Report on vaccination in Madras 1877-1894 - 1877-1894
Year: 1877
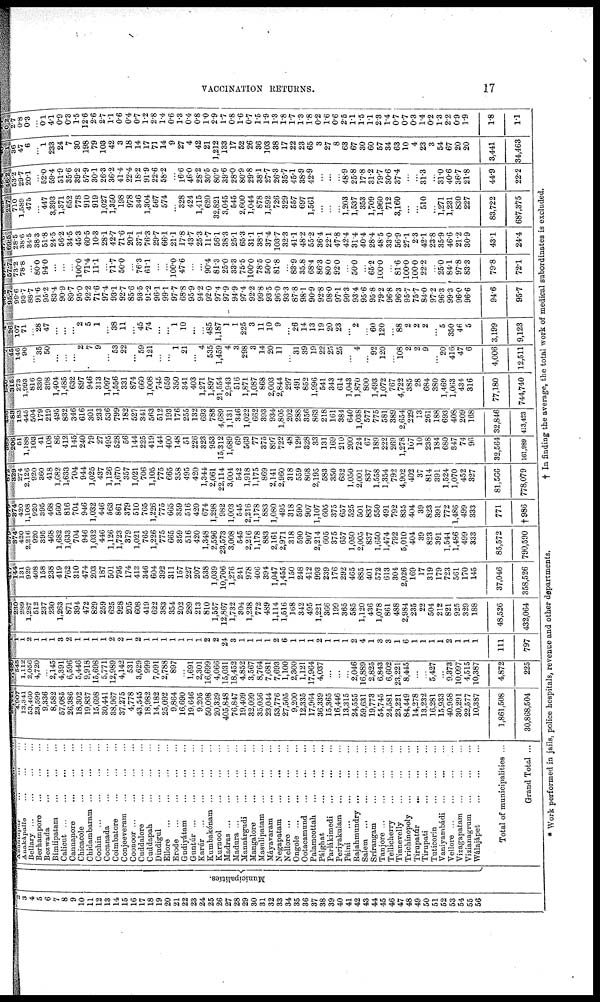
VACCINATION RETURNS.
17
2
3
4
5
6
7
8
9
10
11
12
13
14
15
16
17
18
19
20
21
22
23
24
25
26
27
28
29
30
31
32
33
34
35
36
37
38
39
40
41
42
43
44
45
46
47
48
49
50
51
52
53
54
55
56
Municipalities.
Anantapur
...
...
...
Anakápalle ... ... ...
Bellary...
...
...
...
Berhampore ... ... ...
Bezwada
...
... ...
Bimlipatam
...
...
...
Calicut
...
...
...
...
Cannanore
...
...
...
Chicacole
...
...
...
Chidambaram
...
...
...
Cochin ... ... ... ...
Cocanada ... ... ...
Coimbatore
...
...
...
Conjeeveram
...
...
...
Coonoor ... ... ...
Cuddalore
...
...
...
Cuddapah
...
...
...
Dindigul
...
...
...
Ellore
...
...
...
...
Erode
...
...
...
...
Gudiyátam
...
...
...
Guntúr...
...
...
...
Karúr
...
...
...
...
Kumbakónam
...
...
...
Kurnool
...
...
...
Madras
...
...
...
...
Madura
...
...
...
...
Mannárgudi ... ... ...
Mangalore
...
...
...
Masulipatam
...
...
...
Máyavaram
...
...
...
Negapatam
...
...
...
Nellore
...
...
...
...
Ongole
...
...
...
...
Ootacamund
...
...
...
Palamcottah
...
...
...
Pálghat
...
...
...
Parlákimedi
...
...
...
Periyakulam ... ... ...
Pálni
...
...
...
...
Rajahmundry...
...
...
Salem
...
...
...
...
Srírangam
...
...
...
Tanjore
...
...
...
...
Tellicherry
...
...
...
Tinnevelly
...
...
...
Trichinopoly
...
...
...
Tirupatúr
... ... ...
Tirupati ... ... ...
Tuticorin
...
...
...
Vaniyambádi ... ... ...
Vellore ... ... ... ...
Vizagapatam
...
...
...
Vizianagrum ... ... ...
Wálajápet
...
...
...
Total of municipalities ...
Grand Total ...
4,907
13,341
53,460
23,599
9,336
8,582
57,085
26,386
18,302
19,837
15,698
30,441
38,967
37,275
4,778
43,545
18,982
14,182
25,092
9,864
16,690
19,646
9,205
50,098
20,329
405,848
76,847
19,409
32,099
35,056
23,044
53,776
27,505
9,200
12,335
17,964
36,339
15,365
16,446
13,315
24,555
59,631
19,773
54,745
24,581
23,221
84,449
14,278
13,232
16,281
15,933
40,958
30,291
22,577
10,387
1,861,508
30,868,504
545
1,112
2,056
4,720
...
2,145
4,391
6,596
5,446
9,918
15,698
5,771
12,989
4,142
531
3,629
999
7,091
2,788
897
...
1,691
2,301
16,699
4,066
15,031
18,452
4,852
3,567
8,764
7,681
7,693
1,100
2,300
1,121
17,964
4,037
...
...
...
2,046
16,889
2,825
6,843
6,602
23,221
8,445
...
...
5,427
...
9,373
10,097
4,515
10,387
4,872
225
1
1
2
1
1
1
3
2
1
1
1
1
2
2
1
2
1
1
1
1
1
1
1
2
2
24
3
1
1
1
1
2
6
1
1
1
2
1
1
1
2
4
1
3
3
1
6
1
1
1
1
2
1
1
1
111
797
230
289
1,287
512
237
230
1,263
871
394
472
829
259
625
928
205
608
419
622
383
354
202
289
213
810
1,557
12,867
1,732
304
1,238
772
489
1,114
1,516
168
342
495
1,221
366
199
365
585
1,120
436
1,078
861
488
2,984
235
22
504
212
821
925
329
188
48,526
432,064
144
131
929
408
158
238
419
762
310
474
203
187
501
795
174
413
346
604
392
311
157
227
207
538
1,039
10,706
1,276
241
978
406
394
1,047
1,455
150
248
412
993
239
176
292
465
885
401
572
613
304
2,026
169
17
319
179
723
561
170
145
37,046
358,526
374
420
2,216
920
395
468
1,682
1,633
704
946
1,032
446
1,126
1,723
379
1,021
765
1,226
775
665
359
516
420
1,348
2,596
23,573
3,008
545
2,216
1,178
883
2,161
2,971
318
590
907
2,214
605
375
657
1,050
2,005
837
1,650
1,474
792
5,010
404
39
823
391
1,544
1,486
499
333
85,572
790,590
374
420
1,108
920
395
468
560
816
704
946
1,032
446
563
861
379
510
765
1,226
775
665
359
516
420
674
1,298
982
1,003
545
2,216
1,178
883
1,080
495
318
590
907
1,107
605
375
657
525
501
837
550
491
792
835
404
39
823
391
772
1,486
499
333
771
†986
329
274
2,126
920
360
418
1,682
1,633
704
944
1,025
437
1,126
1,670
357
1,021
706
1,105
775
665
358
495
420
1,344
2,061
22,114
3,004
542
1,918
1,175
869
2,141
2,960
318
559
868
2,195
583
350
632
1,050
2,001
837
1,558
1,354
792
4,902
402
37
814
391
1,524
1,070
452
327
81,566
778,079
206
51
1,188
103
41
108
86
412
145
240
79
27
495
528
56
144
225
419
144
400
148
51
226
323
953
15,312
1,689
69
563
77
375
897
722
48
129
328
33
131
169
210
200
724
67
189
222
269
1,278
107
10
238
184
680
347
74
96
32,564
161,989
83
183
445
504
178
218
495
832
346
616
301
233
536
799
182
527
341
563
512
193
176
255
132
693
788
4,689
1,131
346
1,022
662
393
934
1,805
202
288
356
863
218
161
384
640
1,038
577
775
581
389
2,654
229
13
261
188
693
408
209
168
32,846
413,423
315
273
1,993
816
330
398
1,404
1,485
632
897
946
313
1,097
1,556
331
874
660
1,008
745
659
350
341
403
1,271
1,897
21,554
2,943
516
1,871
1,087
868
2,003
2,844
297
491
852
1,996
541
343
614
1,043
1,870
800
1,493
1,072
767
4,722
385
28
684
380
1,469
1,063
434
316
77,180
744,740
45
146
90
... 35
50
...
...
...
2
7
9
...
53
22
...
59
121
...
...
1
21
...
4
535
1,459
4
3
298
3
14
20
11
...
31
39
19
22
25
25
...
4
...
92
120
...
108
2
2
9
...
20
416
47
6
4,006
12,511
26
107
71
... 28
47
...
...
...
2
5
1
...
38
11
...
45
74
...
...
1
10
...
...
485
1,187
1
1
225
3
11
10
9
...
26
14
13
19
20
23
...
2
...
60
120
...
88
2
2
2
...
5
350
46
5
3,199
9,123
95.7
99.6
93.7
88.7
91.6
95.2
83.4
90.9
89.7
95.0
92.2
71.6
97.4
93.1
92.7
85.6
93.5
91.2
96.1
99.1
97.7
68.8
95.9
94.2
92.0
97.4
97.9
94.9
97.4
92.2
99.8
93.5
96.0
93.3
87.8
98.1
90.9
92.8
98.0
97.1
99.3
93.4
95.6
95.8
79.2
96.8
96.3
95.7
75.7
84.0
97.2
96.3
99.3
96.0
96.6
94.6
95.7
57.7
73.2
78.8
... 80.0
94.0
...
...
...
100.0
71.4
11.1
...
71.7
50.0
...
76.3
61.1
...
...
100.0
47.6
...
...
90.4
81.3
25.0
33.3
75.5
100.0
78.5
50.0
81.8
...
83.9
35.8
68.4
86.3
80.0
92.0
...
50.0
...
65.2
100.0
...
81.6
100.0
100.0
22.2
...
25.0
84.1
97.8
83.3
79.8
72.1
69.5
28.5
38.6
34. 5
38.3
51.8
24.5
56.2
34.5
45.3
60.5
10.3
28.1
42.7
71.6
20.1
37.1
76.3
29.7
66.1
21.1
17.8
43.7
25.3
11.7
56.1
38.3
25.1
65.3
31.1
38.1
37.4
103.7
32.3
41.1
48.2
55.2
36.4
22.1
47.8
42.4
31.4
40.4
28.4
48.5
330
56.9
27.1
2.3
42.1
238
35.9
46.6
21.2
30.9
43.1
24.4
227
710
1,589
475
... 447
3,393
1,371
652
778
910
919
1,027
1,350
198
978
346
1,304
567
574
...
328
424
1,415
620
32,821
3,045
545
2,600
1,044
878
1,592
726
329
557
697
1,561
...
...
...
1,203
1,537
353
1,709
1,960
712
3,160
...
...
510
...
1,271
1,231
830
227
83,722
687,375
46.2
53.2
29.7 20.1
...
52.0
59.4
51.9
35.6
39.2
57.9
30.1
26.3
36.2
41.4
22.4
18.2
919
22.6
58.2
...
16.6
46.0
28.2
30.5
80.9
39.6
28.0
80.9
29.8
38.1
27.7
26.3
35.7
45.1
38.9
42.9
...
...
...
48.9
25.8
17.8
31.2
79.7
30.6
37.4
...
...
31.3
...
31.0
40.6
36.7
21.8
44.9
22.2
1
36
47 6
...
1
233
24
7
30
198
79
103
42
3
18
14
17
71
14
9
27
4
42
21
1,212
133
17
52
26
36
103
38
17
22
23
65
3
27
8
63
67
30
60
57
34
63
10
4
23
3
54
67
20
20
3,441
34,463
0.2 2.7
0.8
0.3
...
0.1
4.1
0.9
0.3
1.5
12.6
2.6
2.7
1.1
0.6
0.4
0.7
1.2
2.8
1.4
0.6
1.3
0.4
0.8
1.0
2.9
1.7
0.8
1.6
0.7
1.5
1.9
1.3
1.8
1.7
1.3
1.8
0.2
1.6
0.6
2.5
1.1
1.5
1.1
2.3
1.4
0.7
0.7
0.3
1.4
0.2
1.3
2.2
0.9
1.9
1.8
1.1
* Work performed in jails, police hospitals, revenue and other departments,
† In finding the average, the total work of medical subordinates is excluded.